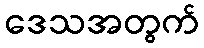
ဒေသအတွက်